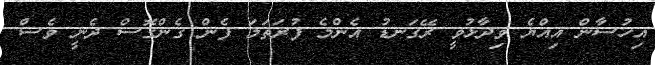
އިހުސާން އިއްޔެ ވިދާޅުވީ ރޭގަނޑު އެންމެ ފުރަތަމަ ފެން ގެންގޮސް ދެނީ ވެސް